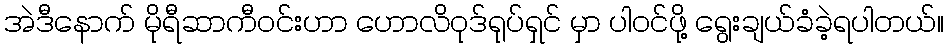
အဲဒီနောက် မိုရီဆာကီဝင်းဟာ ဟောလိဝုဒ်ရုပ်ရှင် မှာ ပါဝင်ဖို့ ရွေးချယ်ခံခဲ့ရပါတယ်။